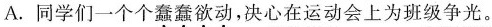
A。同学们一个个\underset{·}{蠢}\underset{·}{蠢}\underset{·}{欲}\underset{·}{动}，决心在运动会上为为班级争光。